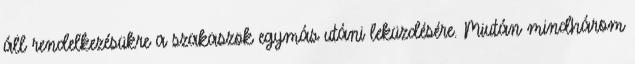
áll rendelkezésükre a szakaszok egymás utáni leküzdésére. Miután mindhárom